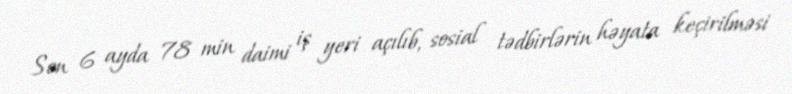
Son 6 ayda 78 min daimi iş yeri açılıb, sosial tədbirlərin həyata keçirilməsi